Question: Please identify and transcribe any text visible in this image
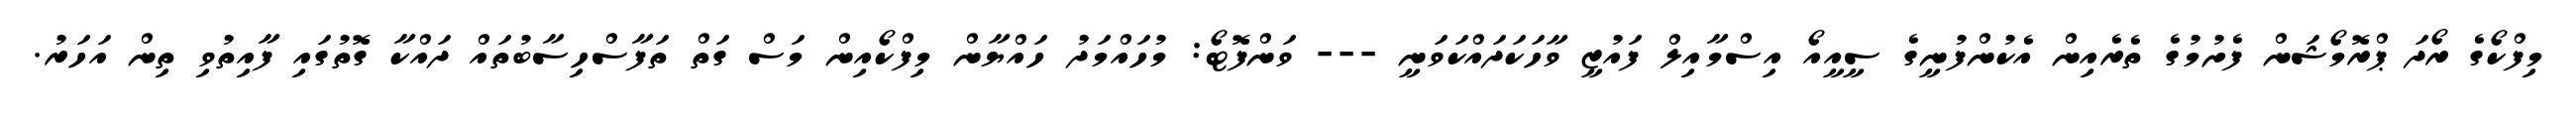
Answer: މިފްކޯގެ ރޯދަ ޕްރޮމޯޝަން ފެށުމުގެ ތެރެއިން އެކުންފުނީގެ ސީއީއޯ އިސްމާއިލް ފައުޒީ ވާހަކަދައްކަވަނީ --- ވަންފޮޓޯ: މުހައްމަދު ހައްޔާން މިފްކޯއިން މަސް ގަތް ތަފާސްހިސާބުތައް ދައްކާ ގޮތުގައި ފާއިތުވި ތިން އަހަރު.